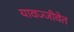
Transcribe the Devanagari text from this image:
यावज्जीवेत